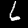
Label: 6